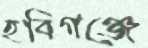
হবিগঞ্জে